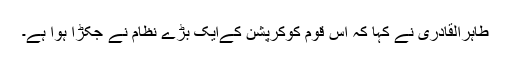
طاہرالقادری نے کہا کہ اس قوم کوکرپشن کےایک بڑے نظام نے جکڑا ہوا ہے۔